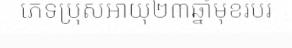
ភេទប្រុសអាយុ២៣ឆ្នាំមុខរបរ